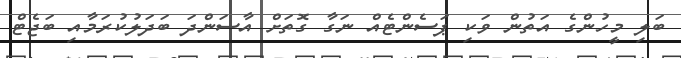
ބަލި މީހުންގެ އަތުން ވަކި ޕަސެންޓެއް ނަގާ ގޮތަށް އާސަންދަ ބަދަލުކުރަމާއި ބަޖެޓް